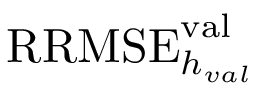
\mathrm { R R M S E } _ { h _ { v a l } } ^ { \mathrm { v a l } }